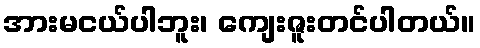
အားမငယ်ပါဘူး၊ ကျေးဇူးတင်ပါတယ်။